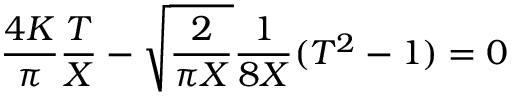
\frac { 4 K } { \pi } \frac { T } { X } - \sqrt { \frac { 2 } { \pi X } } \frac { 1 } { 8 X } ( T ^ { 2 } - 1 ) = 0